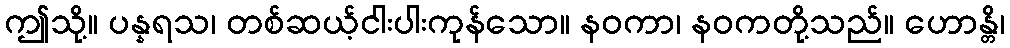
ဤသို့။ ပန္နရသ၊ တစ်ဆယ့်ငါးပါးကုန်သော။ နဝကာ၊ နဝကတို့သည်။ ဟောန္တိ၊